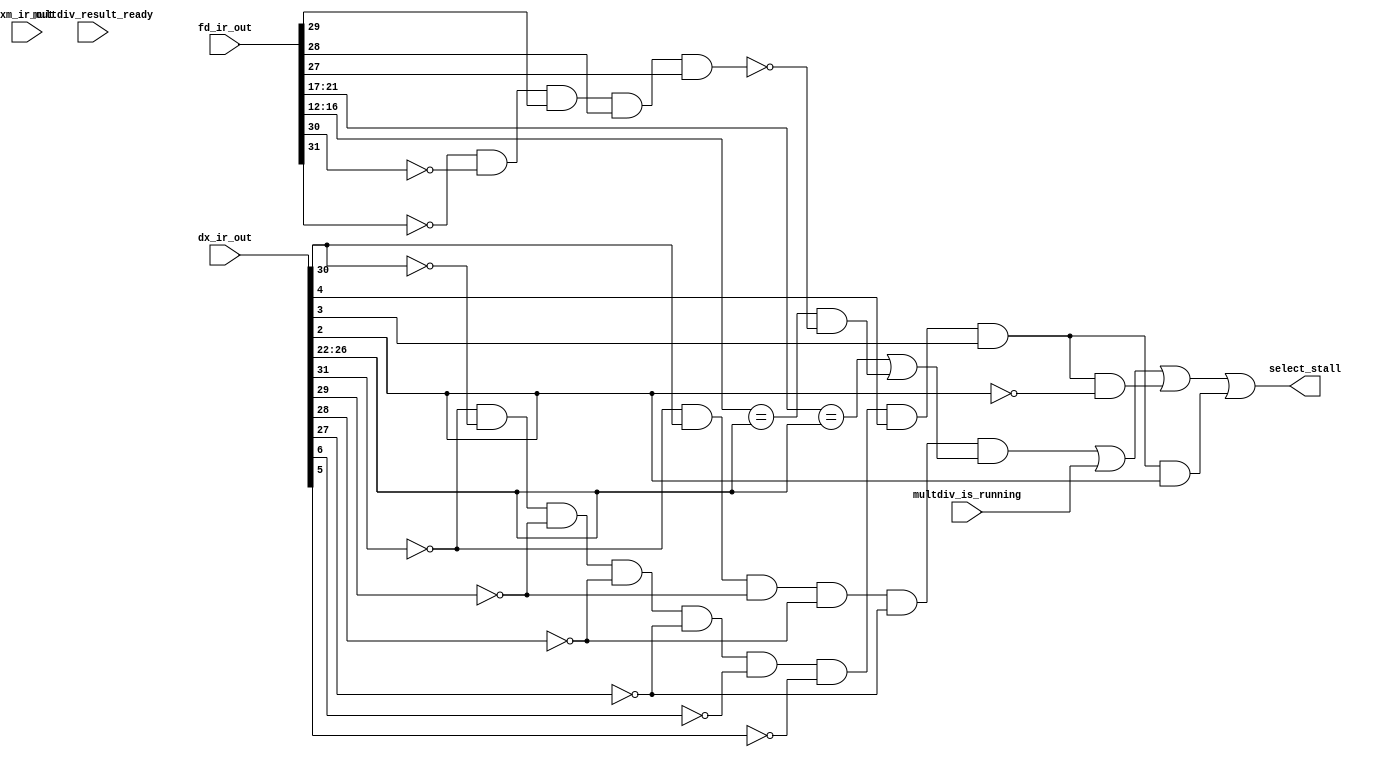
module stall(fd_ir_out, dx_ir_out, xm_ir_out, multdiv_is_running, multdiv_result_ready, select_stall);
    input [31:0] fd_ir_out, dx_ir_out, xm_ir_out;
    input multdiv_is_running, multdiv_result_ready;
    output select_stall;

    // Retrieve opcode from inputs
    wire [4:0] fd_opcode, dx_opcode;
    assign fd_opcode = fd_ir_out[31:27];
    assign dx_opcode = dx_ir_out[31:27];

    // Identify whether operation is load word or save word
    wire dx_is_lw_op, fd_is_sw_op;
    assign dx_is_lw_op = ~dx_opcode[4] & dx_opcode[3] & ~dx_opcode[2] & ~dx_opcode[1] & ~dx_opcode[0];
    assign fd_is_sw_op = ~fd_opcode[4] & ~fd_opcode[3] & fd_opcode[2] & fd_opcode[1] & fd_opcode[0];

    // Distinguish input values and opcodes as subsets of input
    wire [4:0] fd_rs, fd_rt, dx_rd;
    assign dx_rd = dx_ir_out[26:22];
    assign fd_rs = fd_ir_out[21:17];
    assign fd_rt = fd_ir_out[16:12];

    // Identify whether operation is type R
    wire dx_is_r_type_op;
    // Identify ALU opcode
    wire [4:0] alu_opcode;
    assign dx_is_r_type_op = ~dx_opcode[4] & ~dx_opcode[3] & ~dx_opcode[2] & ~dx_opcode[1] & ~dx_opcode[0];
    assign alu_opcode = dx_ir_out[6:2];

    // If R type operation, identify whether instruction is mult or div operation
    wire dx_is_mult_op, dx_is_div_op;
    assign dx_is_mult_op = dx_is_r_type_op & ~alu_opcode[4] & ~alu_opcode[3] & alu_opcode[2] & alu_opcode[1] & ~alu_opcode[0];
    assign dx_is_div_op = dx_is_r_type_op & ~alu_opcode[4] & ~alu_opcode[3] & alu_opcode[2] & alu_opcode[1] & alu_opcode[0];

    // If we know that (instruction in DX is mult) OR (instruction in DX is div) then stall
    // One multdiv operation follows another multdiv operation
    assign select_stall = (dx_is_lw_op && ((fd_rs == dx_rd) || ((fd_rt == dx_rd) && !fd_is_sw_op))) || multdiv_is_running || dx_is_mult_op || dx_is_div_op;
endmodule